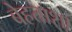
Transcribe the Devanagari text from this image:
बेहताशा